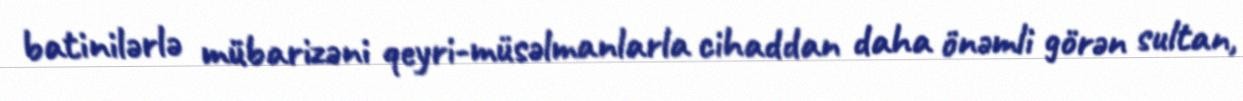
batinilərlə mübarizəni qeyri-müsəlmanlarla cihaddan daha önəmli görən sultan,